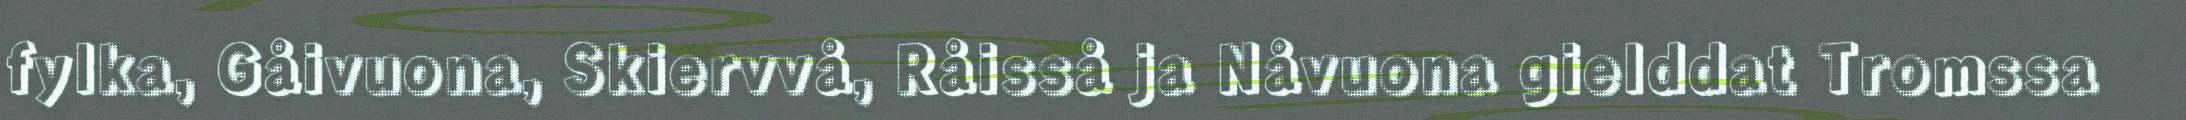
fylka, Gåivuona, Skiervvå, Råisså ja Nåvuona gielddat Tromssa